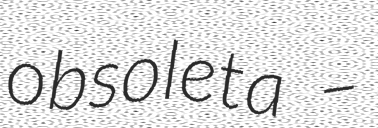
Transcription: obsoleta –